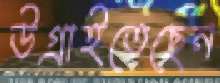
উগ্‌রাইতেছেন